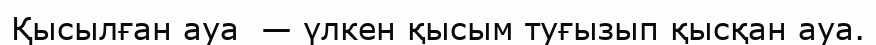
Қысылған ауа  — үлкен қысым туғызып қысқан ауа.